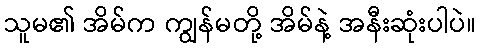
သူမ၏ အိမ်က ကျွန်မတို့ အိမ်နဲ့ အနီးဆုံးပါပဲ။